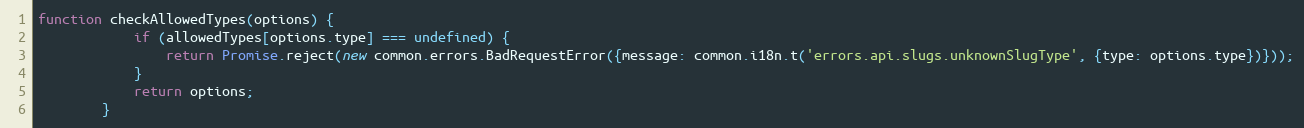
Language: JavaScript
function checkAllowedTypes(options) {
            if (allowedTypes[options.type] === undefined) {
                return Promise.reject(new common.errors.BadRequestError({message: common.i18n.t('errors.api.slugs.unknownSlugType', {type: options.type})}));
            }
            return options;
        }